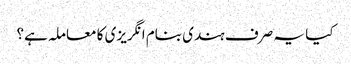
کیا یہ صرف ہندی بنام انگریزی کا معاملہ ہے؟